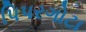
પિપરગોટા